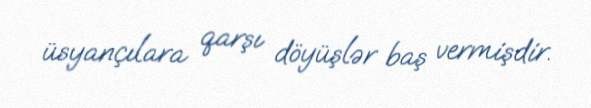
üsyançılara qarşı döyüşlər baş vermişdir.